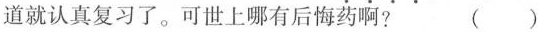
道就认真复习了。可世上哪有后悔药啊? ( )